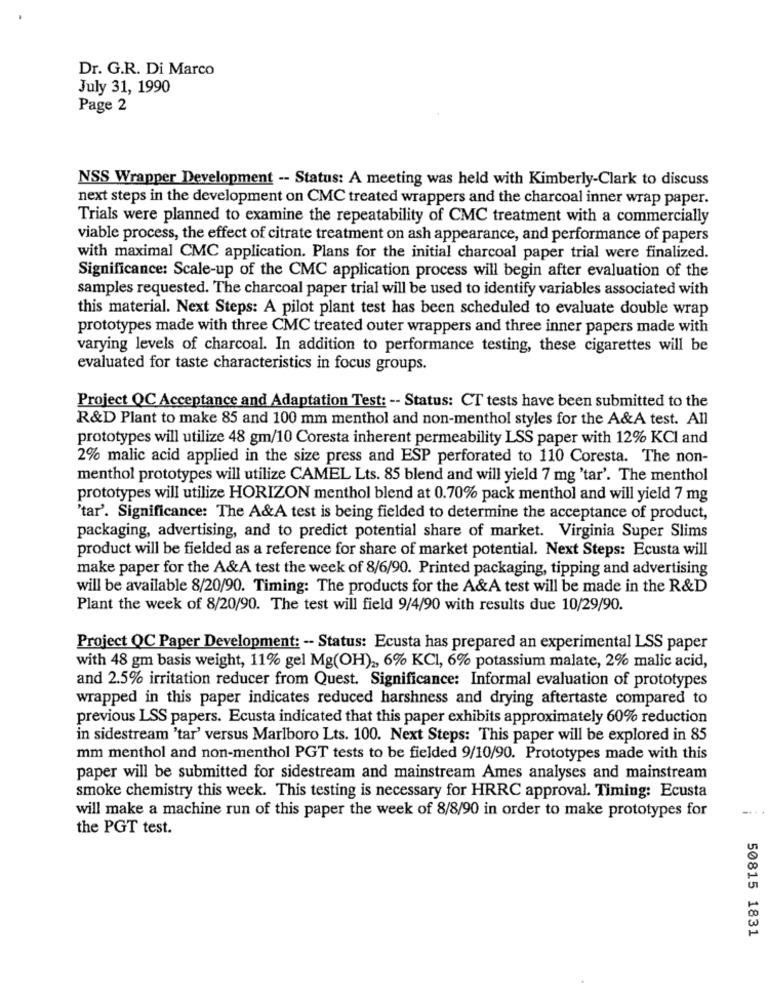
Dr. G.R. Di Marco
July 31, 1990
Page 2
NSS Wrapper Development -- Status: A meeting was held with Kimberly-Clark to discuss
next steps in the development on CMC treated wrappers and the charcoal inner wrap paper.
Trials were planned to examine the repeatability of CMC treatment with a commercially
viable process, the effect of citrate treatment on ash appearance, and performance of papers
with maximal CMC application. Plans for the initial charcoal paper trial were finalized.
Significance: Scale-up of the CMC application process will begin after evaluation of the
samples requested. The charcoal paper trial will be used to identify variables associated with
this material. Next Steps: A pilot plant test has been scheduled to evaluate double wrap
prototypes made with three CMC treated outer wrappers and three inner papers made with
varying levels of charcoal. In addition to performance testing, these cigarettes will be
evaluated for taste characteristics in focus groups.
Project QC Acceptance and Adaptation Test: -- Status: CT tests have been submitted to the
R&D Plant to make 85 and 100 mm menthol and non-menthol styles for the A&A test. All
prototypes will utilize 48 gm/10 Coresta inherent permeability LSS paper with 12% KCI and
2% malic acid applied in the size press and ESP perforated to 110 Coresta. The non-
menthol prototypes will utilize CAMEL Lts. 85 blend and will yield 7 mg 'tar'. The menthol
prototypes will utilize HORIZON menthol blend at 0.70% pack menthol and will yield 7 mg
'tar'. Significance: The A&A test is being fielded to determine the acceptance of product,
packaging, advertising, and to predict potential share of market. Virginia Super Slims
product will be fielded as a reference for share of market potential. Next Steps: Ecusta will
make paper for the A&A test the week of 8/6/90. Printed packaging, tipping and advertising
will be available 8/20/90. Timing: The products for the A&A test will be made in the R&D
Plant the week of 8/20/90. The test will field 9/4/90 with results due 10/29/90.
Project QC Paper Development: -- Status: Ecusta has prepared an experimental LSS paper
with 48 gm basis weight, 11% gel Mg(OH) ,, 6% KCI, 6% potassium malate, 2% malic acid,
and 2.5% irritation reducer from Quest. Significance: Informal evaluation of prototypes
wrapped in this paper indicates reduced harshness and drying aftertaste compared to
previous LSS papers. Ecusta indicated that this paper exhibits approximately 60% reduction
in sidestream 'tar' versus Marlboro Lts. 100. Next Steps: This paper will be explored in 85
mm menthol and non-menthol PGT tests to be fielded 9/10/90. Prototypes made with this
paper will be submitted for sidestream and mainstream Ames analyses and mainstream
smoke chemistry this week. This testing is necessary for HRRC approval. Timing: Ecusta
will make a machine run of this paper the week of 8/8/90 in order to make prototypes for
....
the PGT test.
50815 1831